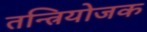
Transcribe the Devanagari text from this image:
तन्त्रियोजक